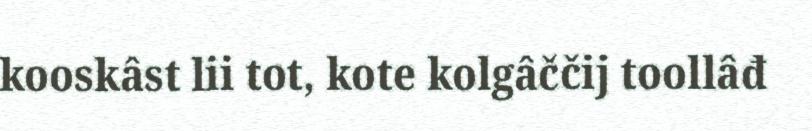
kooskâst lii tot, kote kolgâččij toollâđ